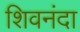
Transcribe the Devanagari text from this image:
शिवनंदा